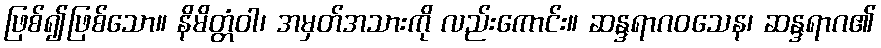
ဖြစ်၍ဖြစ်သော။ နိမိတ္တံဝါ၊ အမှတ်အသားကို လည်းကောင်း။ ဆန္ဒရာဂဝသေန၊ ဆန္ဒရာဂ၏